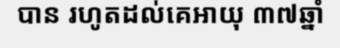
បាន រហូតដល់គេអាយុ ៣៧ឆ្នាំ